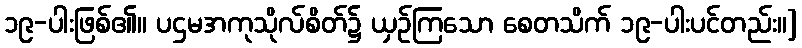
၁၉-ပါးဖြစ်၏။ ပဌမအကုသိုလ်စိတ်၌ ယှဉ်ကြသော စေတသိက် ၁၉-ပါးပင်တည်း။]